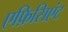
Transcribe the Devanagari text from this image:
एफ़िसिएंट